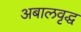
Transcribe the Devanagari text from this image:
अबालवृद्ध